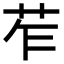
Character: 苲